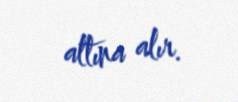
altına alır.